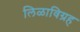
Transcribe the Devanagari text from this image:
लिळाविग्रह